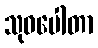
သုဝပေါတာ